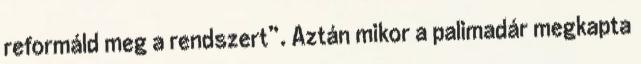
reformáld meg a rendszert”. Aztán mikor a palimadár megkapta